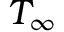
{ T } _ { \infty }